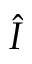
\hat { I }